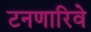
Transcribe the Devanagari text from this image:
टनणारिवे